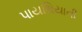
પાયથિયાની